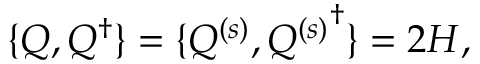
\{ Q , Q ^ { \dagger } \} = \{ Q ^ { ( s ) } , { Q ^ { ( s ) } } ^ { \dagger } \} = 2 { \cal H } ,